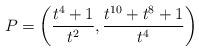
LaTeX: \begin{align*}P = \left( \frac{t^4 + 1}{t^2}, \frac{t^{10} + t^8 + 1}{t^4} \right) \end{align*}